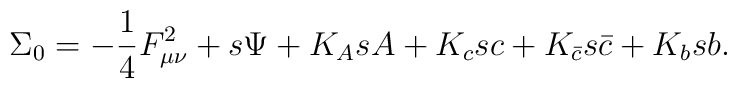
\Sigma_0=-{1\over 4}F_{\mu\nu}^2+s\Psi+K_AsA+K_c sc+K_{\bar c}s \bar c+K_bsb.